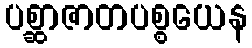
ပစ္ဆာဇာတပစ္စယေန